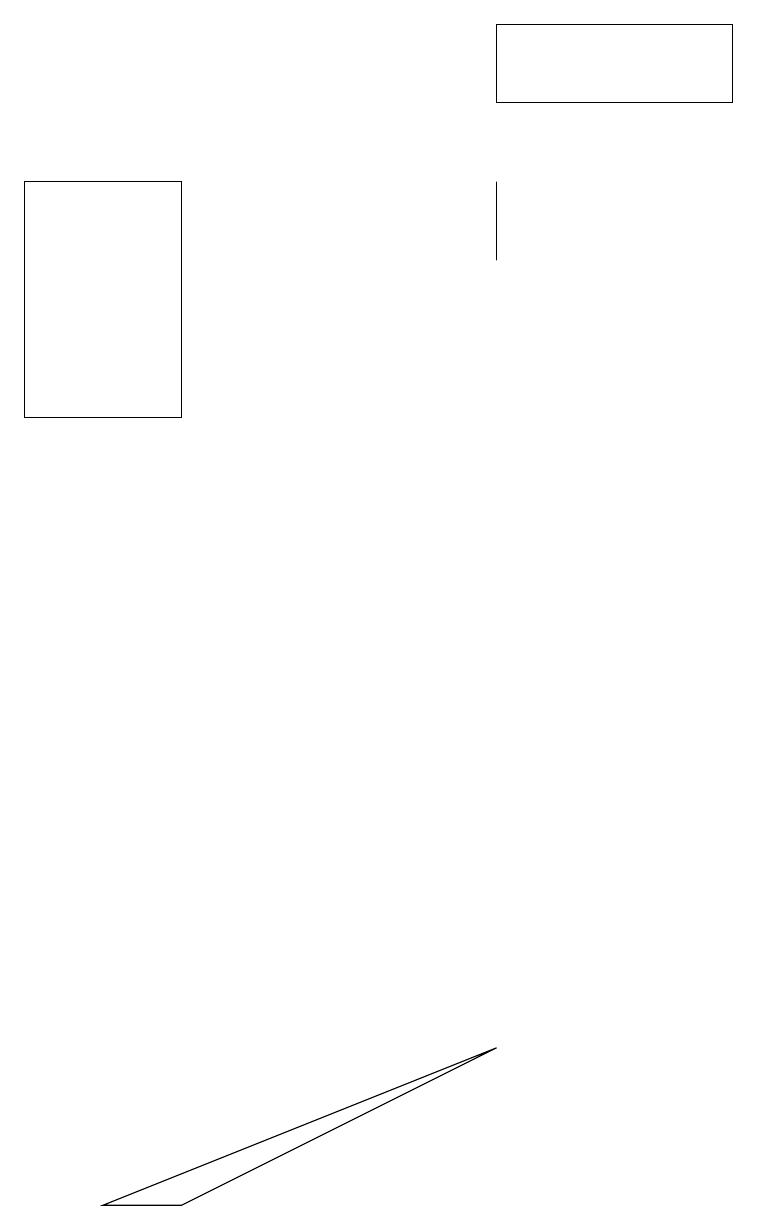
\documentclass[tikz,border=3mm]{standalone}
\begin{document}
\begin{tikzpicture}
\draw (2,17) rectangle (0,14);
\draw (2,4) -- (6,6) -- (1,4) -- cycle;
\draw (6,17) rectangle (6,16);
\draw (6,18) rectangle (9,19);
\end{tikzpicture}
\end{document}